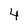
Character: 4